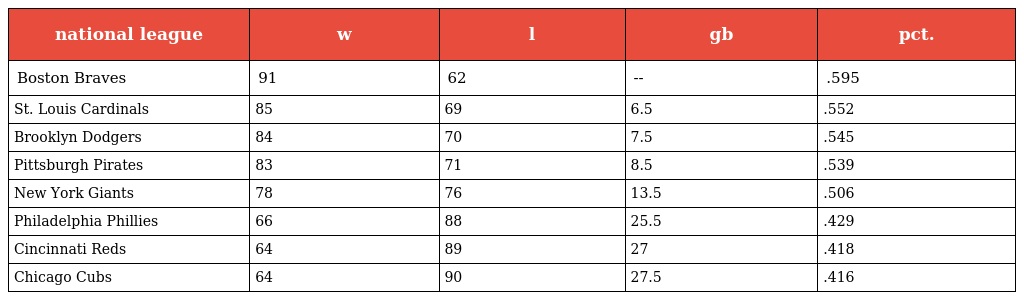
| national league | w | l | gb | pct. |
 | --- | --- | --- | --- | --- |
 | Boston Braves | 91 | 62 | -- | .595 |
 | St. Louis Cardinals | 85 | 69 | 6.5 | .552 |
 | Brooklyn Dodgers | 84 | 70 | 7.5 | .545 |
 | Pittsburgh Pirates | 83 | 71 | 8.5 | .539 |
 | New York Giants | 78 | 76 | 13.5 | .506 |
 | Philadelphia Phillies | 66 | 88 | 25.5 | .429 |
 | Cincinnati Reds | 64 | 89 | 27 | .418 |
 | Chicago Cubs | 64 | 90 | 27.5 | .416 |